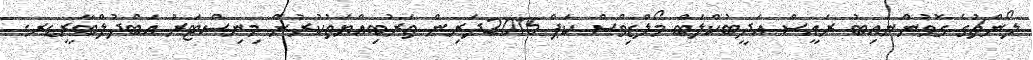
ލޯންޗުގެ ގޮވުންނައިބު ރައީސް އަދީބުކްލަބް މޯލްޑިވްސް ކަޕް 2015ދަރިން ތަރުބިއްޔަތުކުރުން މިނިސްޓަރު އަބްދުލްބާރީޑރ.